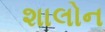
શાલોન